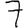
Digit: 7